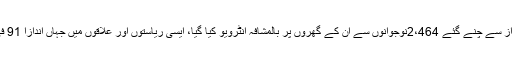
اس عام جائزے میں الل ٹپ انداز سے چنے گئے 2،464نوجوانوں سے اُن کے گھروں پر بالمشافہ انٹرویو کیا گیا، ایسی ریاستوں اور علاقوں میں جہاں اندازاً 91 فی صد بھارتی آبادی رہتی ہے۔